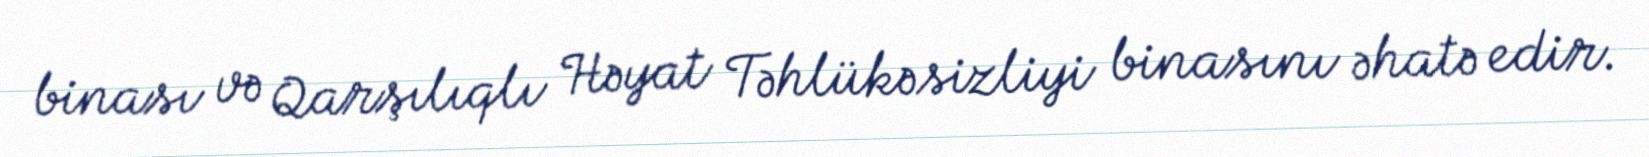
binası və Qarşılıqlı Həyat Təhlükəsizliyi binasını əhatə edir.